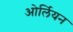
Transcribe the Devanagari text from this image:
ओर्लियन